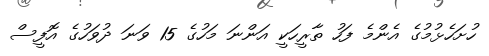
ހުށަހެޅުމުގެ އެންމެ ފަހު ތާރީހަކީ އަންނަ މަހުގެ 15 ވަނަ ދުވަހުގެ އޮފީސް